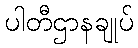
ပါတီဌာနချုပ်